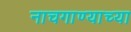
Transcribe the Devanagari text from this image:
नाचगाण्याच्या